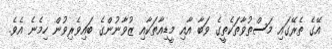
އޭގެ ތެރޭގައި މަސްތުވާތަކެތީގެ ވަބާ އާއި މީޑިއާތަކާއި ޒުވާނުންގެ ބައިވެރިވުން ހިމެނެ އެވެ.